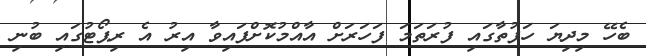
ބެހޭ މިދިޔަ ހަފުތާގައި ފުރަތަމަ ފަހަރަށް އާއްމުކޮށްފައިވާ އިރު އެ ރިޕޯޓުގައި ބުނި